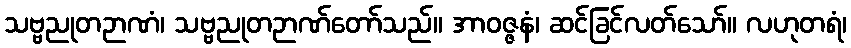
သဗ္ဗညုတဉာဏံ၊ သဗ္ဗညုတဉာဏ်တော်သည်။ အာဝဇ္ဇနံ၊ ဆင်ခြင်လတ်သော်။ လဟုတရံ၊